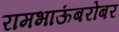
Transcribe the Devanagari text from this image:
रामभाऊंबरोबर